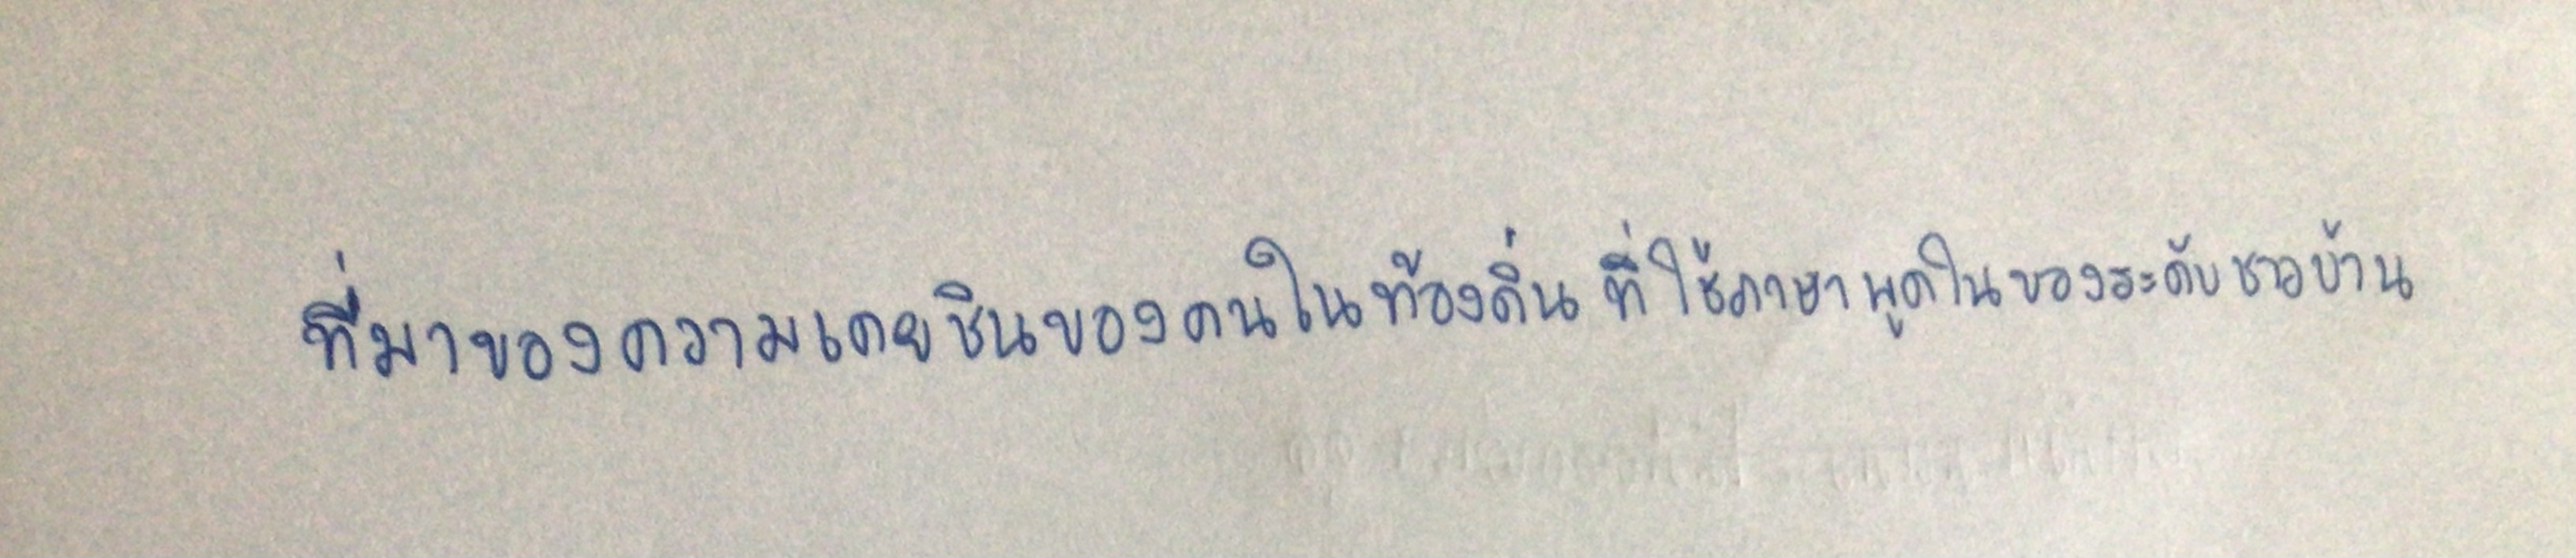
ที่มาของความเคยชินของคนในท้องถิ่นที่ใช้ภาษาพูดในของระดับชาวบ้าน